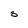
Character: S